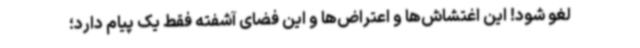
لغو شود! این اغتشاش‌ها و اعتراض‌ها و این فضای آشفته فقط یک پیام دارد؛